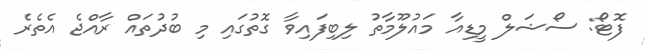
ފޮޓޯ: ސޯޝަލް މީޑިއާ މައުލޫމާތު ލިބިފައިވާ ގޮތުގައި މި ބުދުތައް ރާއްޖެ އެތެރެ